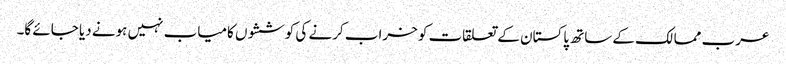
عرب ممالک کے ساتھ پاکستان کے تعلقات کو خراب کرنے کی کوششوں کامیاب نہیں ہونے دیا جائے گا۔